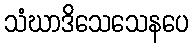
သံဃာဒိသေသေနပေ